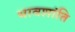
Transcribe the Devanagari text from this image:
भावशांति